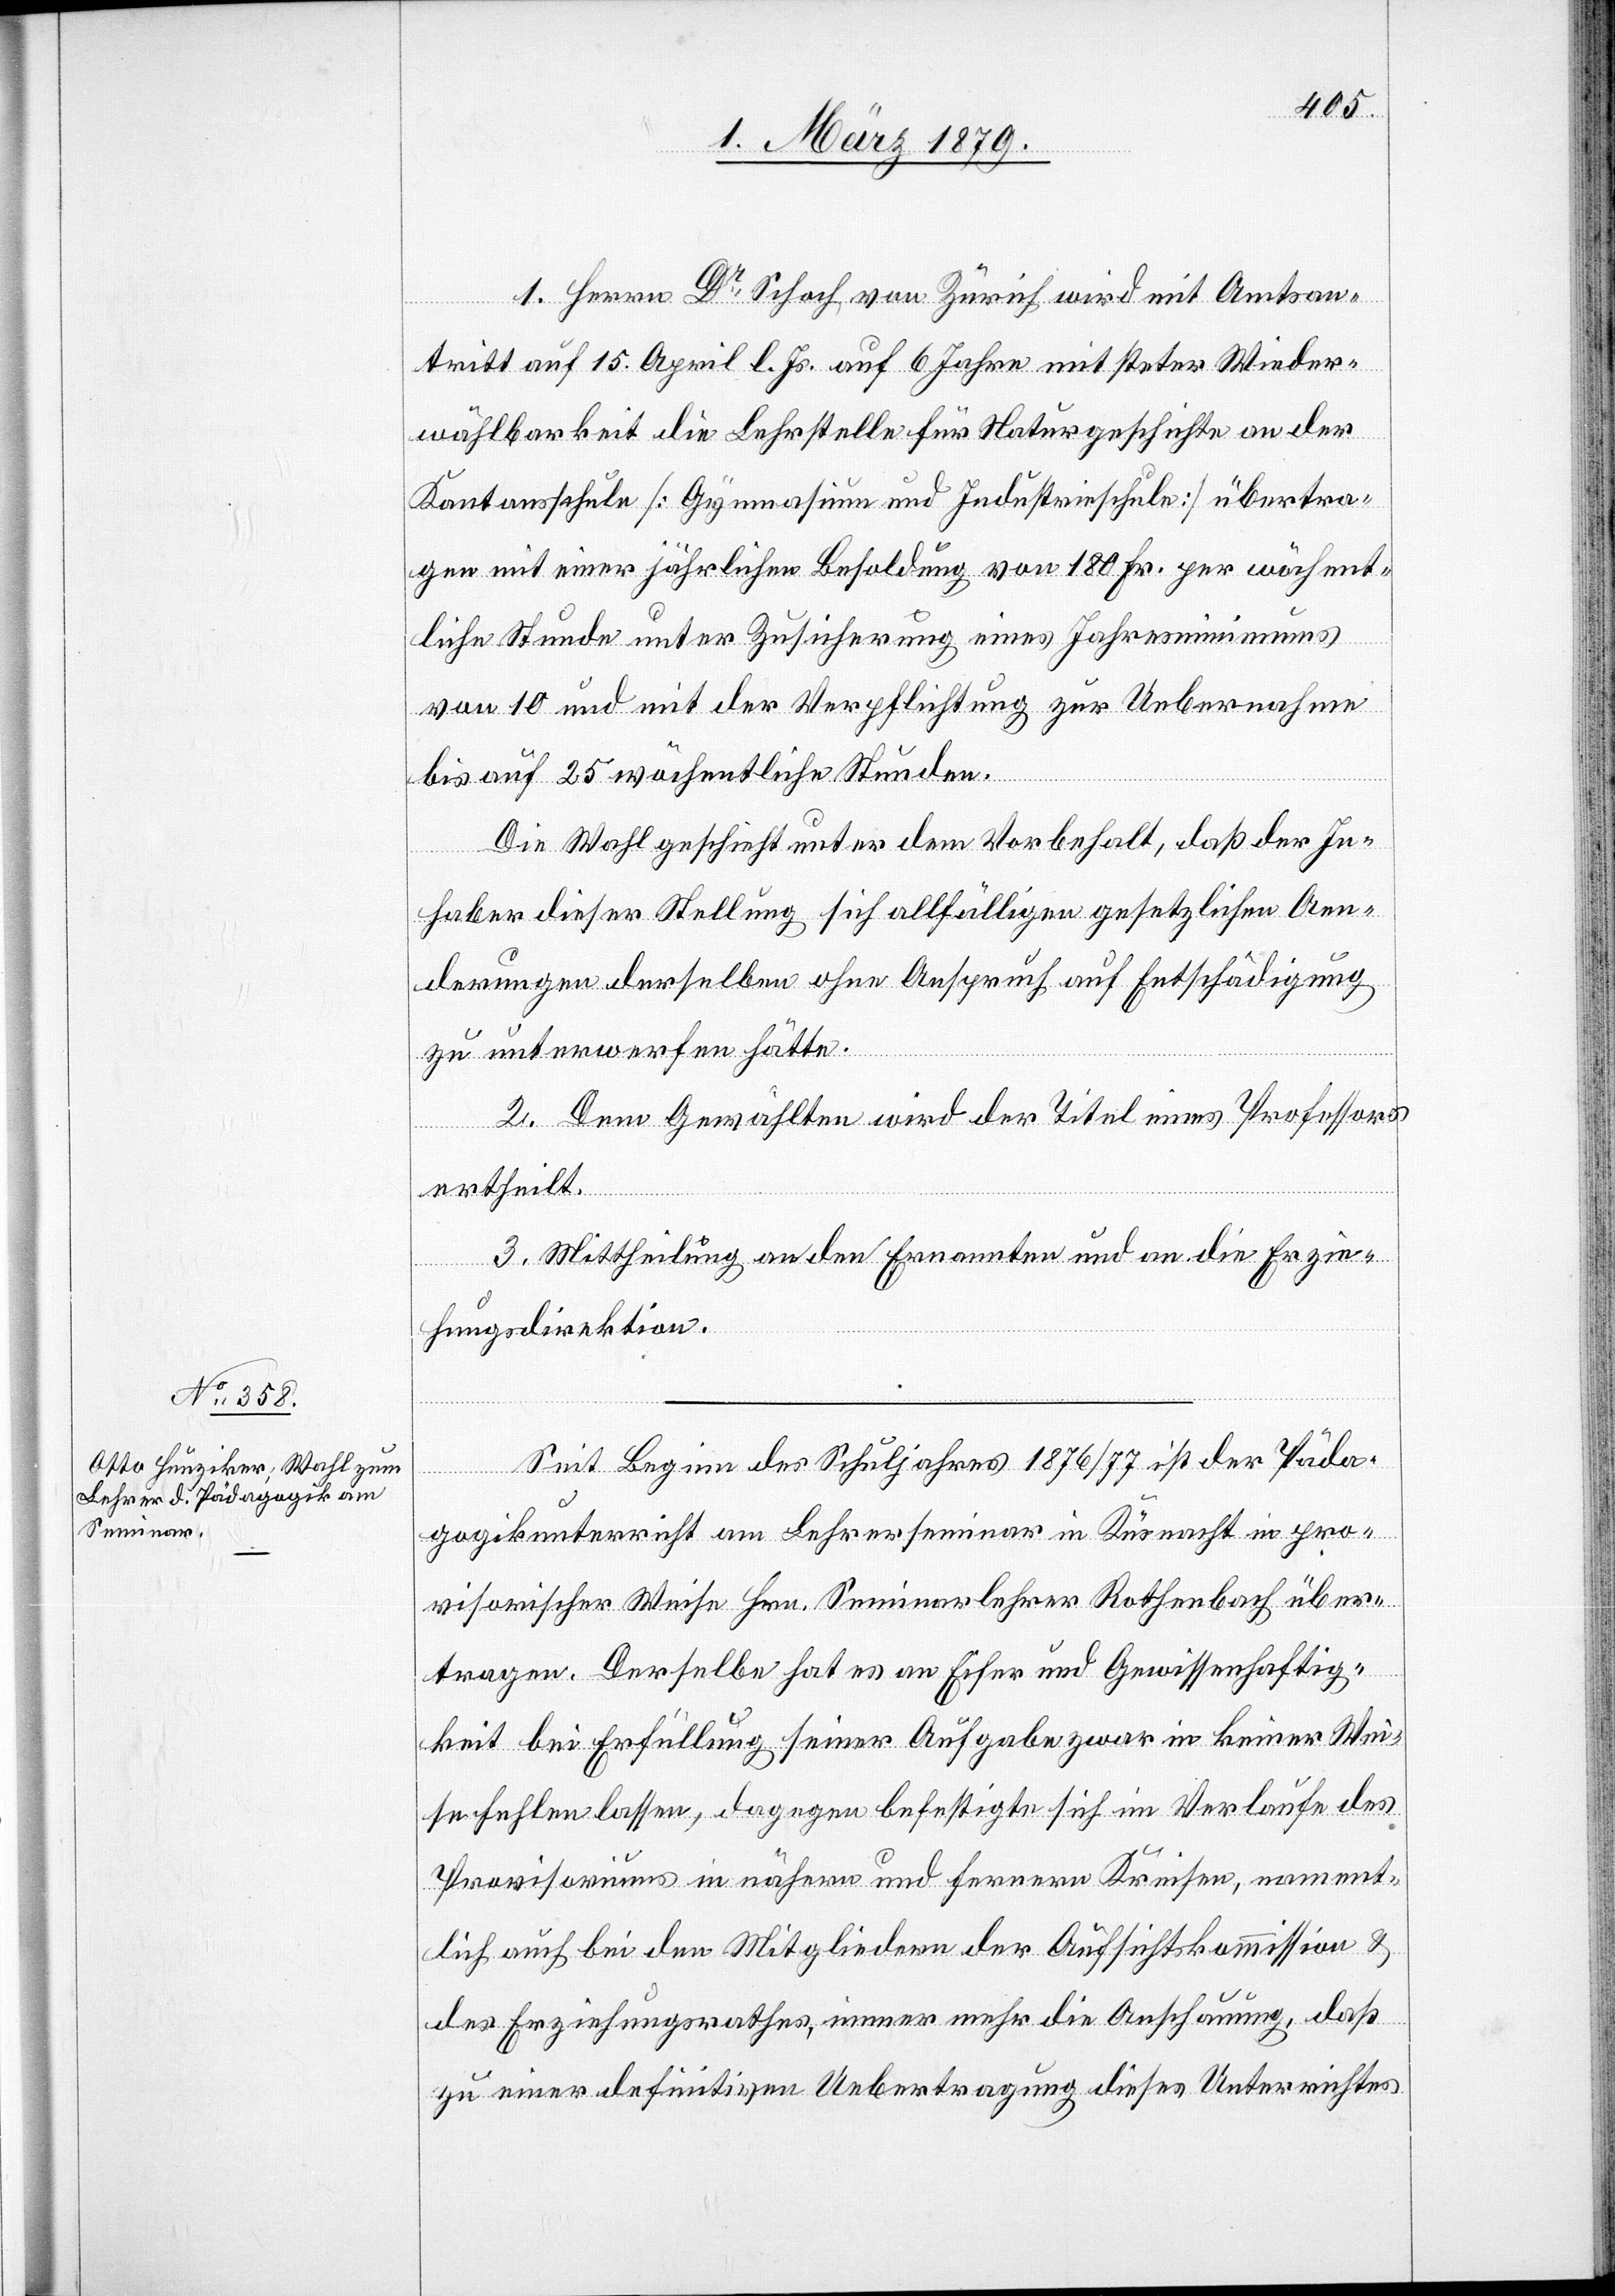
1. Herrn, Dr Schoch, von Zürich wird mit Amtsan¬
tritt auf 15. April l. Js. auf 6 Jahre mit steter Wieder¬
wählbarkeit die Lehrstelle für Naturgeschichte an der
Kantonsschule [Gymnasium und Industrieschule] übertra¬
gen mit einer jährlichen Besoldung von 180 Fr. per wöchent¬
liche Stunde unter Zusicherung eines Jahresminimums
von 10 und mit der Verpflichtung zur Uebernahme
bis auf 25 wöchentliche Stunden.
Die Wahl geschieht unter dem Vorbehalt, daß der In¬
haber dieser Stellung sich allfälligen gesetzlichen Aen¬
derungen derselben ohne Anspruch auf Entschädigung
zu unterwerfen hätte.
2. Dem Gewählten wird der Titel eines Professors
ertheilt.
3. Mittheilung an den Ernannten und an die Erzie¬
hungsdirektion.
Seit Beginn des Schuljahres 1876/77 ist der Päda¬
gogikunterricht am Lehrerseminar in Küsnacht in pro¬
visorischer Weise Hrn. Seminarlehrer Rothenbach über¬
tragen. Derselbe hat es an Eifer und Gewissenhaftig¬
keit bei Erfüllung seiner Aufgabe zwar in keiner Wei¬
se fehlen lassen, dagegen befestigte sich im Verlaufe des
Provisoriums in nähern und fernern Kreisen, nament¬
lich auch bei den Mitgliedern der Aufsichtskommission &
des Erziehungsrathes, immer mehr die Anschauung, daß
zu einer definitiven Uebertragung dieses Unterrichtes